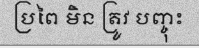
ប្រពៃ មិន ត្រូវ បញ្ចុះ